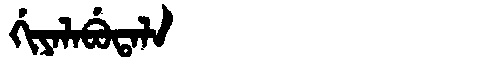
Manchu: ᡤᡳᠶᠠᠯᠠᠪᡠᡨᠠᠯᠠ
Romanization: GIYALABUTALA